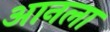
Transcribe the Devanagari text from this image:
आनला